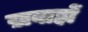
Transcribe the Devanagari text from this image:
ख़वाहों